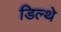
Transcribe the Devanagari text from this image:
डिल्थे